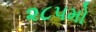
૨૮૫મો